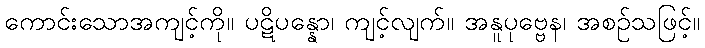
ကောင်းသောအကျင့်ကို။ ပဋိပန္နော၊ ကျင့်လျက်။ အနူပုဗ္ဗေန၊ အစဉ်သဖြင့်။